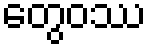
တွေဝဿ